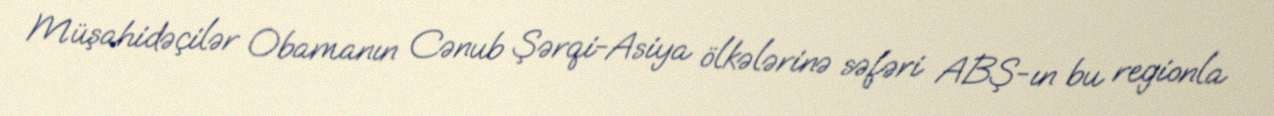
Müşahidəçilər Obamanın Cənub Şərqi-Asiya ölkələrinə səfəri ABŞ-ın bu regionla